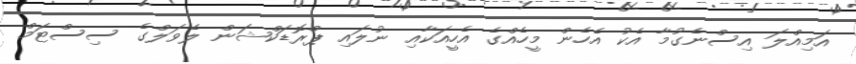
އަމިއްލަ އިސްނެގުމާ އެކު އެހެން މީހެއްގެ އެހީއަކާއި ނުލައި ޕްރޮޑަކްޝަން ލެވަލްގެ ސިސްޓަމް